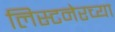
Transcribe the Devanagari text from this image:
लिस्टनेरच्या